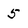
Character: 5